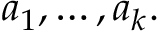
a _ { 1 } , \ldots , a _ { k } .